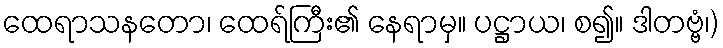
ထေရာသနတော၊ ထေရ်ကြီး၏ နေရာမှ။ ပဋ္ဌာယ၊ စ၍။ ဒါတဗ္ဗံ၊)